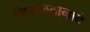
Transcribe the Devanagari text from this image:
मिसळतानाचे